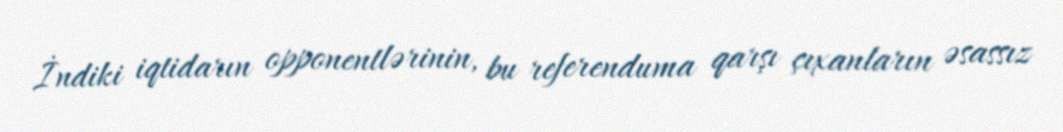
İndiki iqtidarın opponentlərinin, bu referenduma qarşı çıxanların əsassız